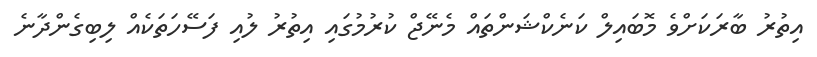
އިތުރު ބާރަކަށްވެ މޮބައިލް ކަނެކްޝަންތައް މެނޭޖް ކުރުމުގައި އިތުރު ލުއި ފަސޭހަތަކެއް ލިބިގެންދާނެ